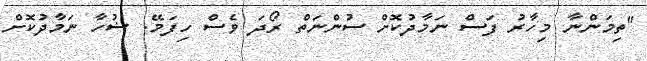
"ތިމަންނާ މިހާރު ފަސް ނަމާދުކޮށް ސުންނަތް ރޯދަ ވެސް ހިފަމޭ. ޟުހާ ނަމާދުކޮށް